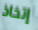
إتخاذ